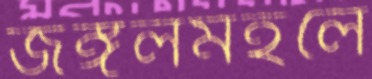
জঙ্গলমহলে